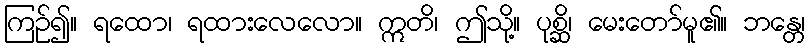
ကြဉ်၍။ ရထော၊ ရထားလေလော။ ဣတိ၊ ဤသို့။ ပုစ္ဆိ၊ မေးတော်မူ၏။ ဘန္တေ၊